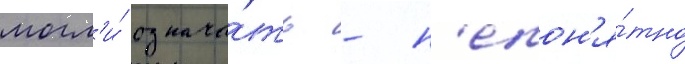
могл'и́ означа́ть - н'епон'я́тно